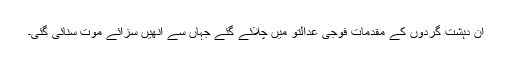
ان دہشت گردوں کے مقدمات فوجی عدالتو میں چلائے گئے جہاں سے انھیں سزائے موت سنائی گئی۔